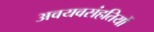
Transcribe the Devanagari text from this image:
अवयवसंहतियों